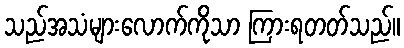
သည်အသံများလောက်ကိုသာ ကြားရတတ်သည်။